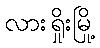
လားရှိုးမြို့